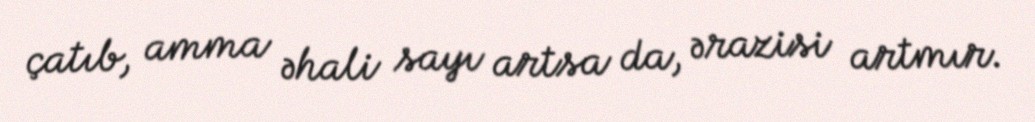
çatıb, amma əhali sayı artsa da, ərazisi artmır.